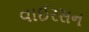
વાઈરસન